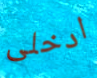
ادخلى